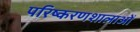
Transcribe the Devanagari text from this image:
परिष्करणशालाओं